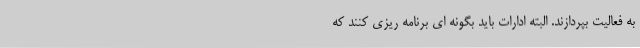
به فعالیت بپردازند. البته ادارات باید بگونه ای برنامه ریزی کنند که